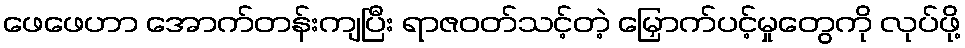
ဖေဖေဟာ အောက်တန်းကျပြီး ရာဇဝတ်သင့်တဲ့ မြှောက်ပင့်မှုတွေကို လုပ်ဖို့